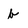
Character: b